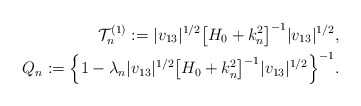
\begin{align*} \mathcal{T}^{(1)}_n := |v_{13}|^{1/2} \bigl[ H_0 + k_n^2\bigr]^{-1} |v_{13}|^{1/2} , \\Q_n := \Bigl\{1 - \lambda_n |v_{13}|^{1/2} \bigl[H_0 + k_n^2\bigr]^{-1} |v_{13}|^{1/2} \Bigr\}^{-1} . \end{align*}